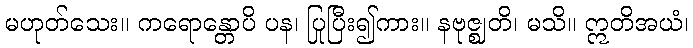
မဟုတ်သေး။ ကရောန္တောပိ ပန၊ ပြုပြီး၍ကား။ နဗုဇ္ဈတိ၊ မသိ။ ဣတိအယံ၊